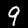
Digit: 9